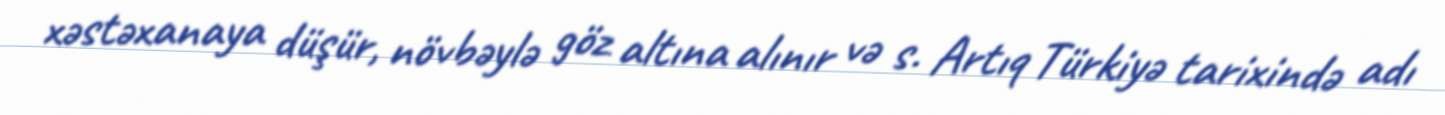
xəstəxanaya düşür, növbəylə göz altına alınır və s. Artıq Türkiyə tarixində adı